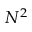
N ^ { 2 }